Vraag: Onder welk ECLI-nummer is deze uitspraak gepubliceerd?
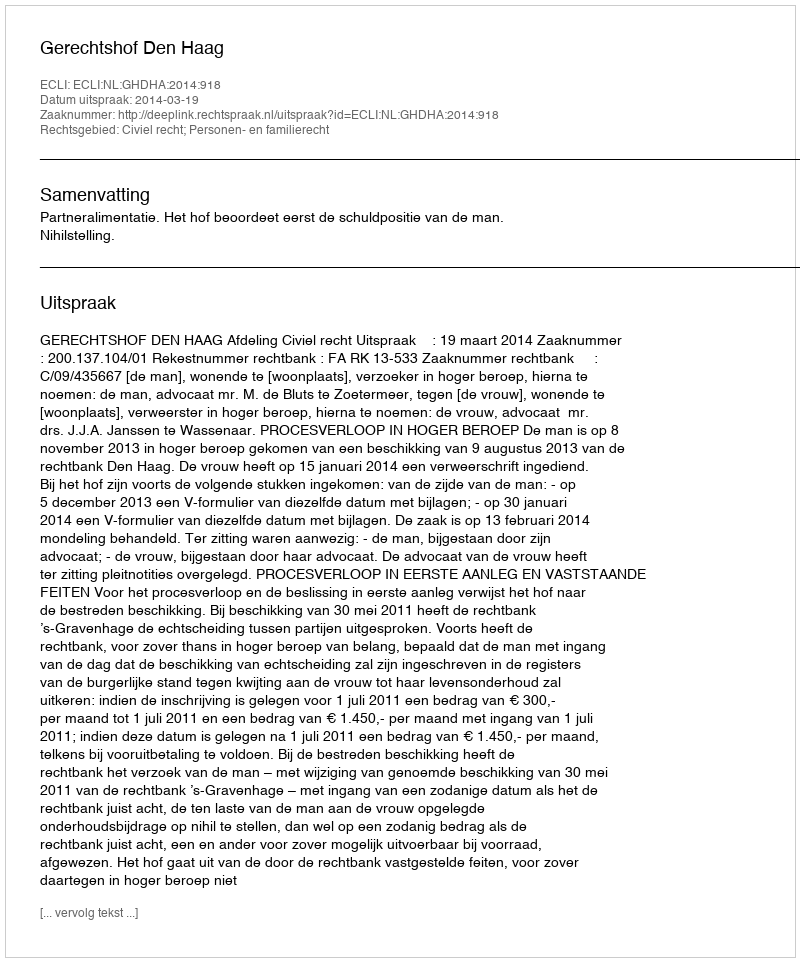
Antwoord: ECLI:NL:GHDHA:2014:918